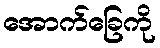
အောက်ခြေကို